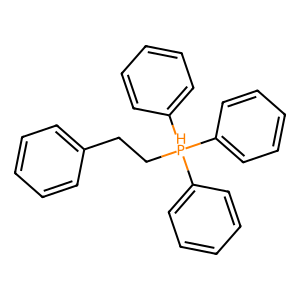
SMILES: c1ccc(CC[PH](c2ccccc2)(c2ccccc2)c2ccccc2)cc1
Inhibits HIV replication: No